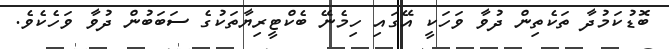
ބޮޑުކަމުދާ ތަކެތިން ދުވާ ވަހަކީ އޭގައި ހިމެނޭ ބެކްޓީރިޔާތަކުގެ ސަބަބުން ދުވާ ވަހެކެވެ.